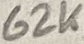
Text: 62K